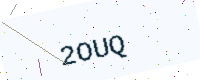
Text: 2OUQ